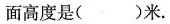
面高度是()米。